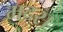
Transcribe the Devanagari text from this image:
मदस